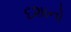
દશાનો